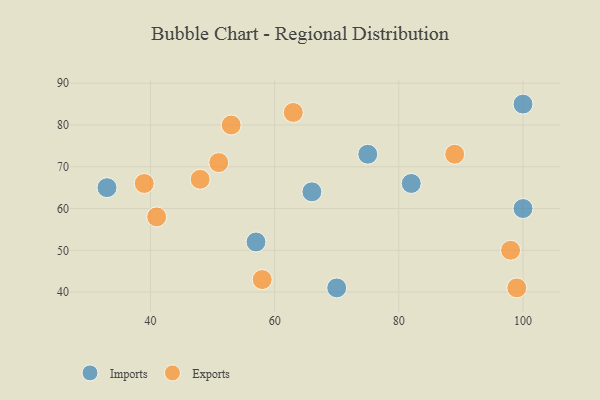
{"axis": {"x": "GDP", "y": "Life Expectancy"}, "legend": ["Exports", "Imports"], "data": [{"x": "70", "y": 41, "type": "Imports"}, {"x": "82", "y": 66, "type": "Imports"}, {"x": "57", "y": 52, "type": "Imports"}, {"x": "100", "y": 85, "type": "Imports"}, {"x": "75", "y": 73, "type": "Imports"}, {"x": "33", "y": 65, "type": "Imports"}, {"x": "66", "y": 64, "type": "Imports"}, {"x": "100", "y": 60, "type": "Imports"}, {"x": "48", "y": 67, "type": "Exports"}, {"x": "58", "y": 43, "type": "Exports"}, {"x": "51", "y": 71, "type": "Exports"}, {"x": "39", "y": 66, "type": "Exports"}, {"x": "53", "y": 80, "type": "Exports"}, {"x": "41", "y": 58, "type": "Exports"}, {"x": "99", "y": 41, "type": "Exports"}, {"x": "98", "y": 50, "type": "Exports"}, {"x": "63", "y": 83, "type": "Exports"}, {"x": "89", "y": 73, "type": "Exports"}]}